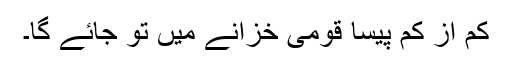
کم از کم پیسا قومی خزانے میں تو جائے گا۔